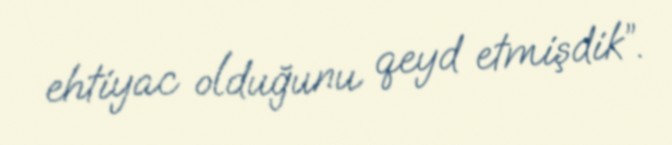
ehtiyac olduğunu qeyd etmişdik”.